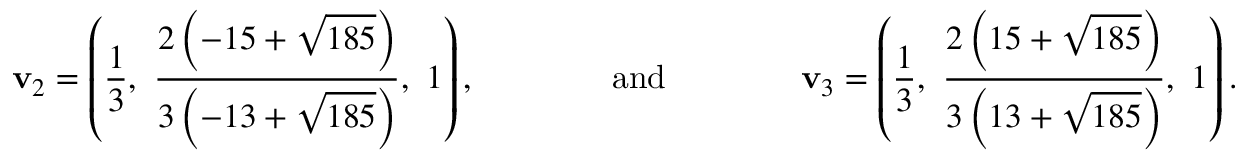
\mathbf { v } _ { 2 } = \left( \frac { 1 } { 3 } , \ \frac { 2 \left( - 1 5 + \sqrt { 1 8 5 } \right) } { 3 \left( - 1 3 + \sqrt { 1 8 5 } \right) } , \ 1 \right) , \qquad \qquad \mathrm { a n d } \qquad \qquad \mathbf { v } _ { 3 } = \left( \frac { 1 } { 3 } , \ \frac { 2 \left( 1 5 + \sqrt { 1 8 5 } \right) } { 3 \left( 1 3 + \sqrt { 1 8 5 } \right) } , \ 1 \right) .